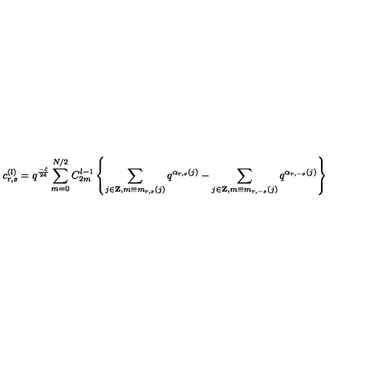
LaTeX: c _ { r , s } ^ { ( l ) } = q ^ { \frac { - \hat { c } } { 2 4 } } \sum _ { m = 0 } ^ { N / 2 } C _ { 2 m } ^ { l - 1 } \left\{ \sum _ { j \in { \bf Z } , m \equiv m _ { r , s } ( j ) } q ^ { \alpha _ { r , s } ( j ) } - \sum _ { j \in { \bf Z } , m \equiv m _ { r , - s } ( j ) } q ^ { \alpha _ { r , - s } ( j ) } \right\}